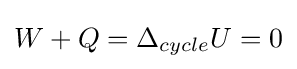
W+Q=\Delta _{cycle}U=0